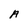
Character: A